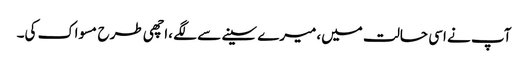
آپ نے اسی حالت میں،میرے سینے سے لگے ،اچھی طرح مسواک کی۔